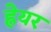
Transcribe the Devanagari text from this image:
ह्नेयर